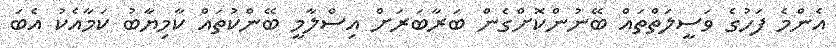
އެންމެ ފަހުގެ ވަސީލަތްތައް ބޭނުންކޮށްގެން ބަރާބަރަށް އިސްލާމީ ބޭންކުތައް ކާމިޔާބު ކަމާއެކު އެބަ